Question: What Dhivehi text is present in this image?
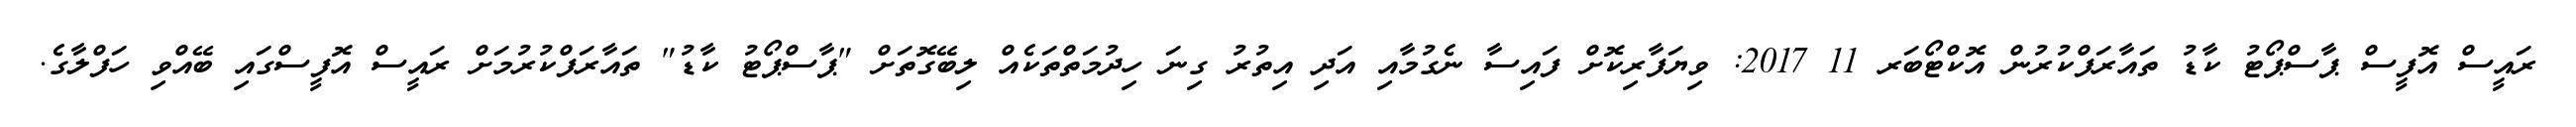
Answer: ރައީސް އޮފީސް ޕާސްޕޯޓު ކާޑު ތައާރަފްކުރުން އޮކްޓޯބަރ 11 2017: ވިޔަފާރިކޮށް ފައިސާ ނެގުމާއި އަދި އިތުރު ގިނަ ހިދުމަތްތަކެއް ލިބޭގޮތަށް "ޕާސްޕޯޓު ކާޑު" ތައާރަފްކުރުމަށް ރައީސް އޮފީސްގައި ބޭއްވި ހަފްލާގެ.